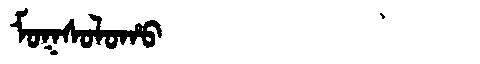
Manchu: ᠮᠣᡴᠰᠣᠯᠣᡥᠣ
Romanization: MOKSOLOHO